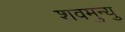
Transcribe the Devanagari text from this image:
शवमुन्यु